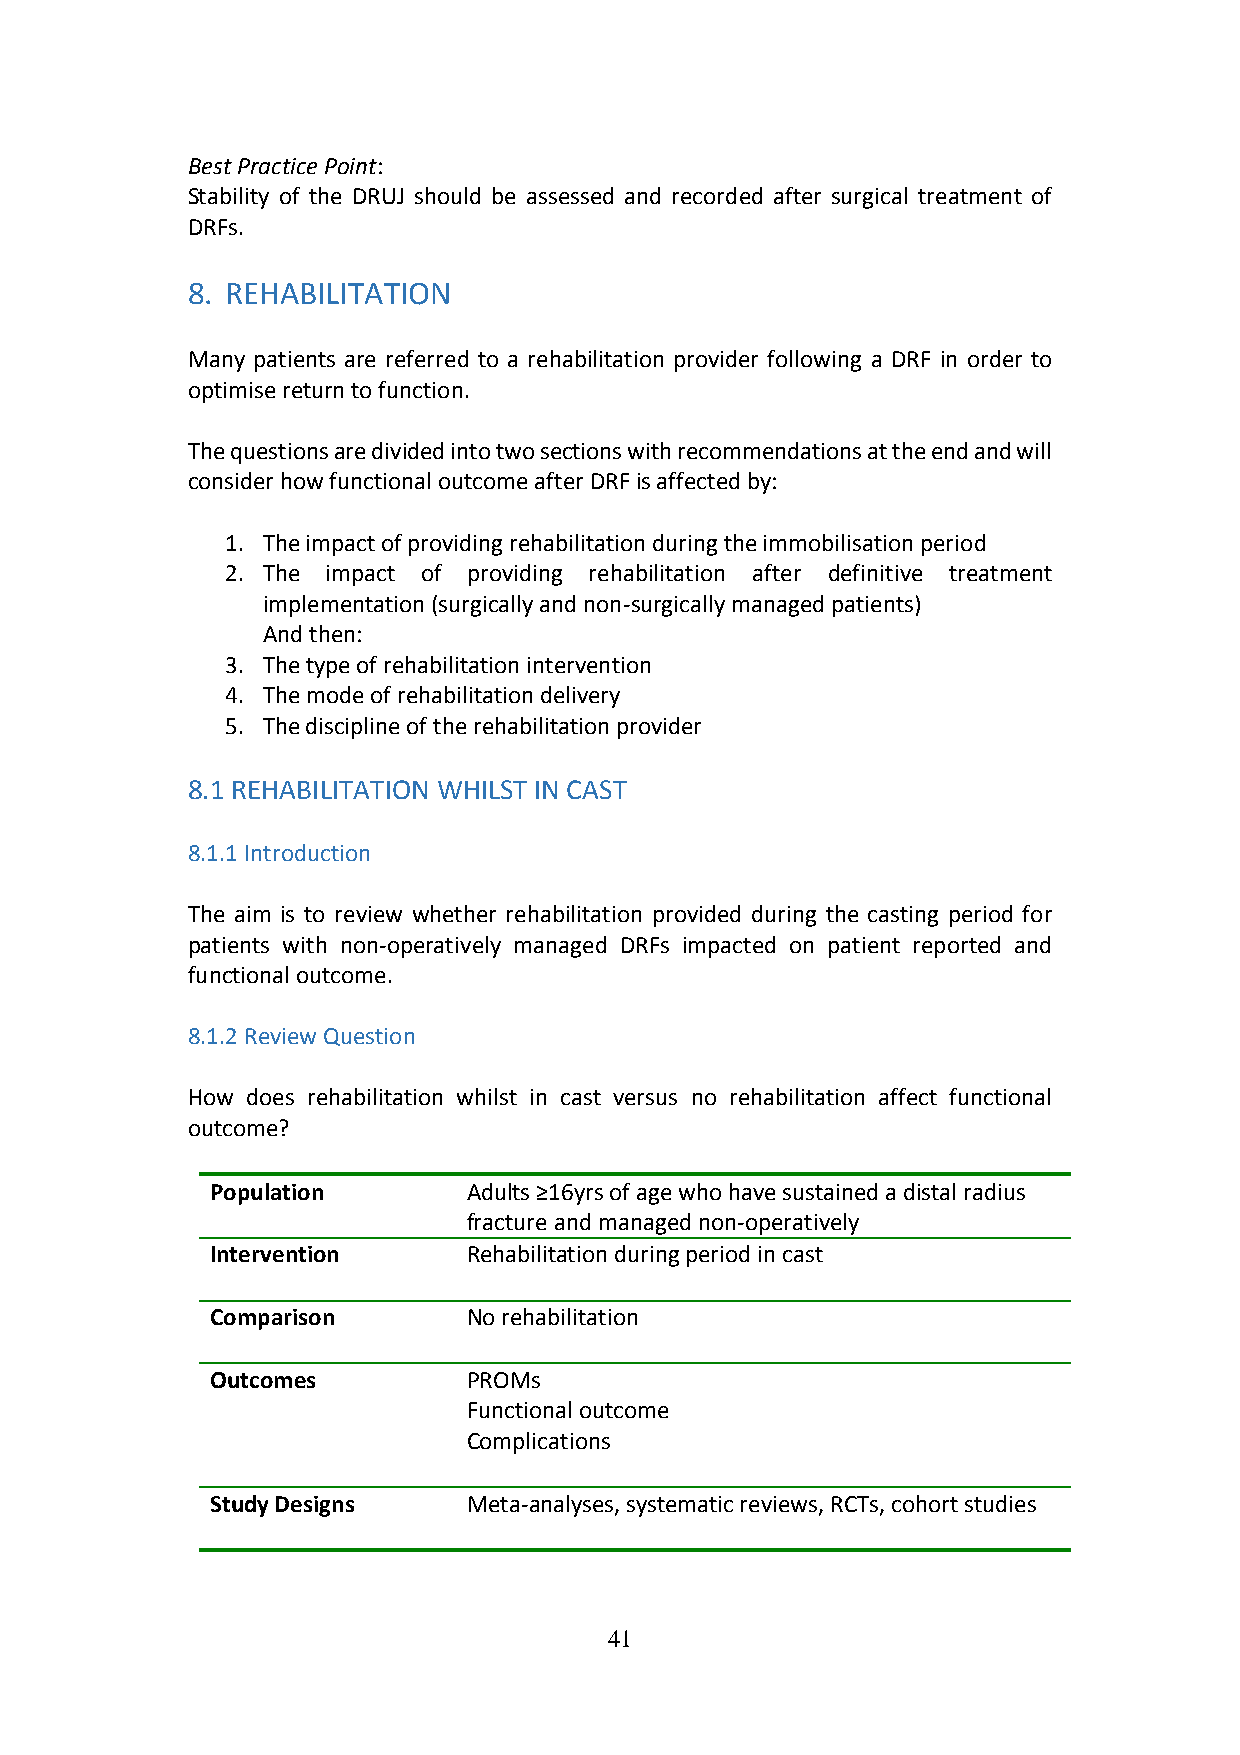
Best Practice Point:
 Stability of the DRUJ should be assessed and recorded after surgical treatment of
 DRFs.
 8. REHABILITATION
 Many patients are referred to a rehabilitation provider following a DRF in order to
 optimise return to function.
 The questions are divided into two sections with recommendations at the end and will
 consider how functional outcome after DRF is affected by:
 1. The impact of providing rehabilitation during the immobilisation period
 2. The impact of providing rehabilitation after definitive treatment
 implementation (surgically and non-surgically managed patients)
 And then:
 3. The type of rehabilitation intervention
 4. The mode of rehabilitation delivery
 5. The discipline of the rehabilitation provider
 8.1 REHABILITATION WHILST IN CAST
 8.1.1 Introduction
 The aim is to review whether rehabilitation provided during the casting period for
 patients with non-operatively managed DRFs impacted on patient reported and
 functional outcome.
 8.1.2 Review Question
 How does rehabilitation whilst in cast versus no rehabilitation affect functional
 outcome?
 Population       Adults ≥16yrs of age who have sustained a distal radius
 fracture and managed non-operatively
 Intervention     Rehabilitation during period in cast
 Comparison       No rehabilitation
 Outcomes         PROMs
 Functional outcome
 Complications
 Study Designs    Meta-analyses, systematic reviews, RCTs, cohort studies
 41